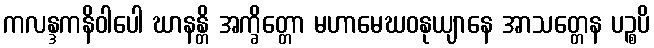
ကလန္ဒကနိဝါပေါ ဃာနန္တိ အက္ခိတ္တော မဟာမေဃဝနုယျာနေ အာသတ္တေန ပဉ္စပိ